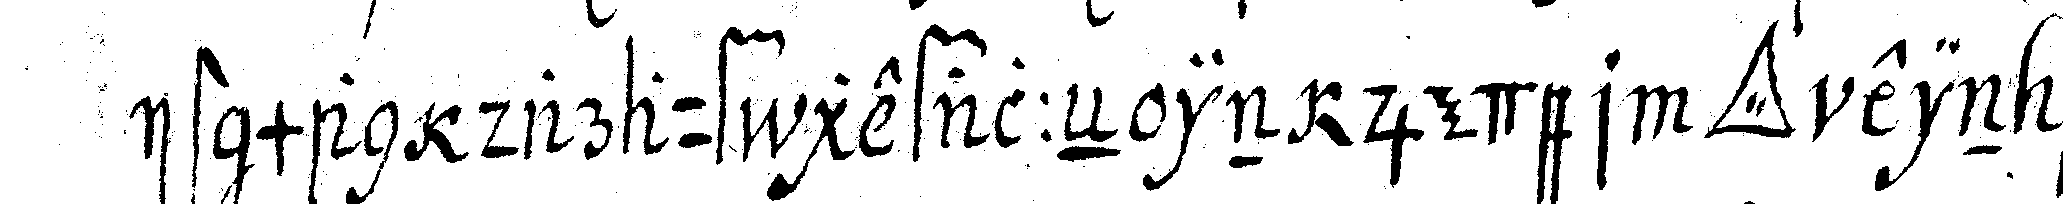
ist man darauf gefalleN in jeder *tri..* ein be